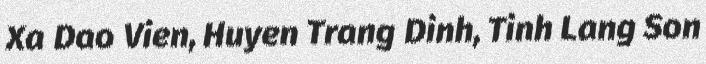
Xa Dao Vien, Huyen Trang Dinh, Tinh Lang Son